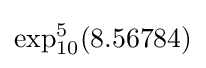
\exp _{10}^{5}(8.56784)